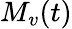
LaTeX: M_{v}(t)